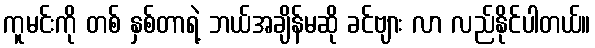
ကူမင်းကို တစ် နှစ်တာရဲ့ ဘယ်အချိန်မဆို ခင်ဗျား လာ လည်နိုင်ပါတယ်။